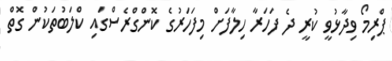
ޕްރިމޯ ވިދާޅުވީ ކުރީ ދެ ފަހަރާ ހިލާފަށް މިފަހަރުގެ ކޮންގްރެސްގައި ކްލަބުތަކުން ގޮތް